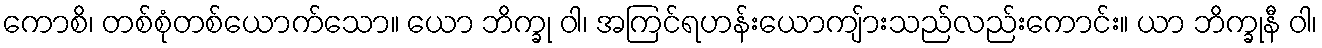
ကောစိ၊ တစ်စုံတစ်ယောက်သော။ ယော ဘိက္ခု ဝါ၊ အကြင်ရဟန်းယောကျ်ားသည်လည်းကောင်း။ ယာ ဘိက္ခုနီ ဝါ၊